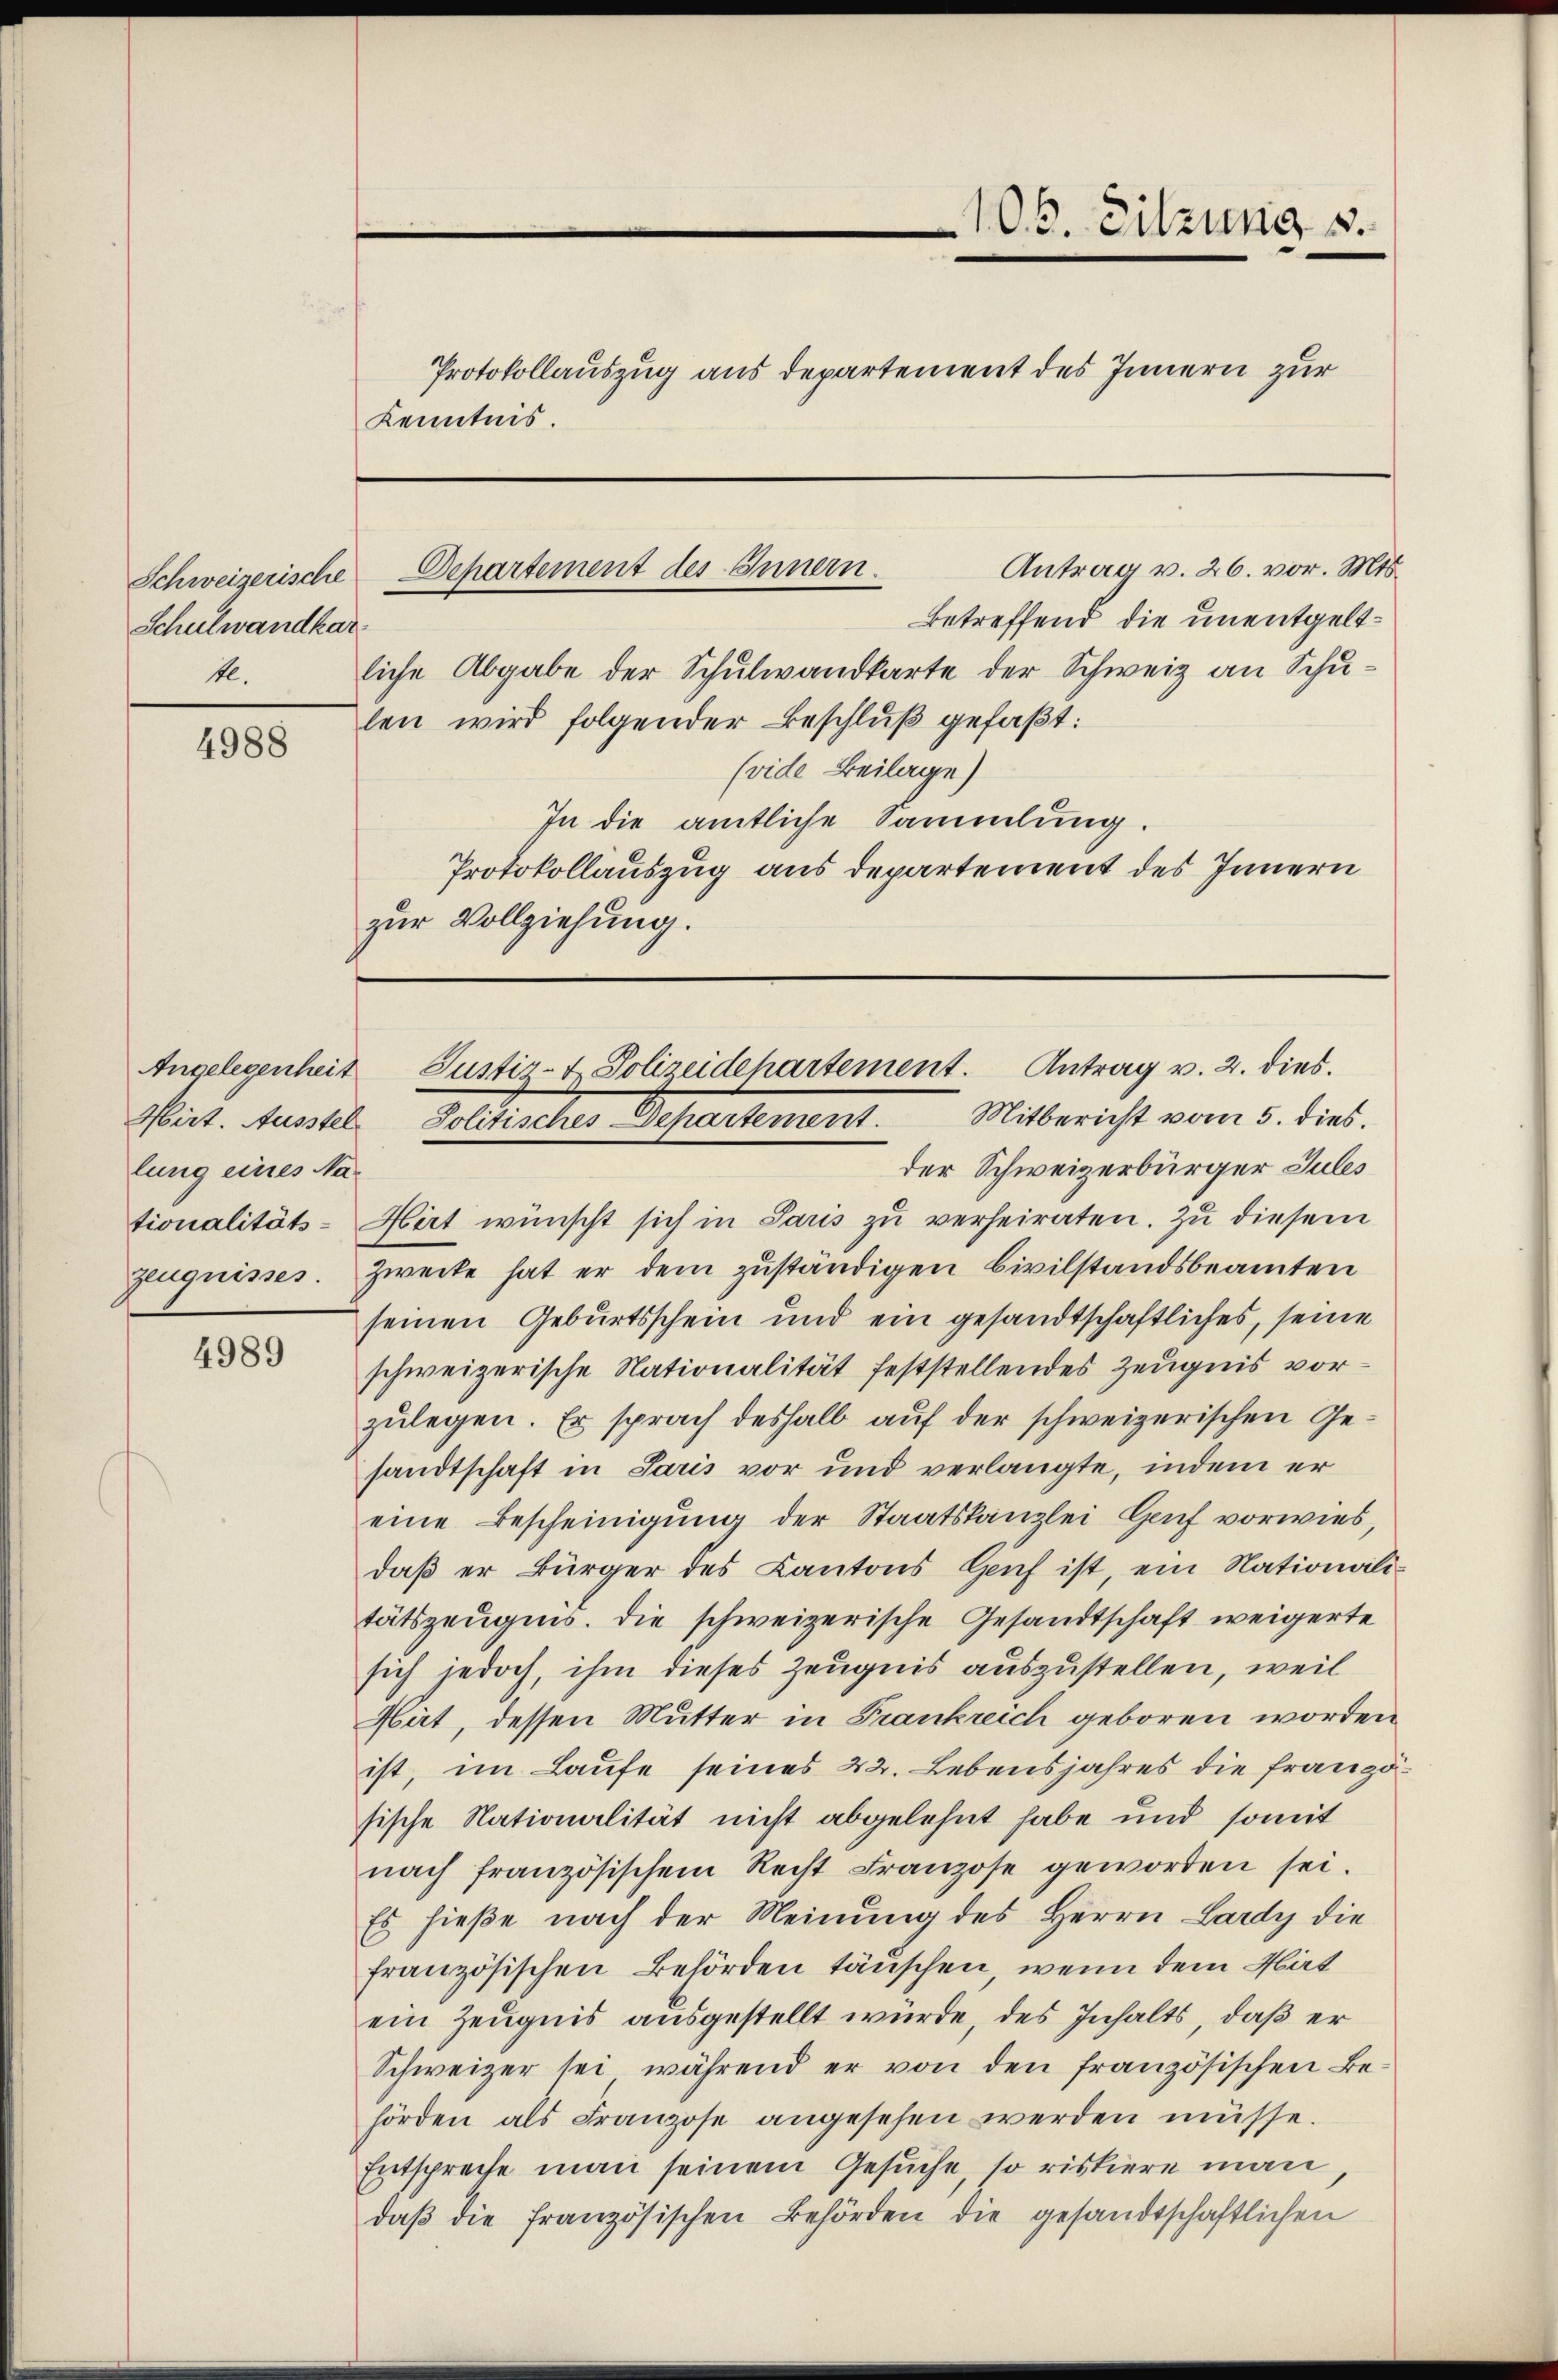
Schweizerische
Schulwandkar
k.

4988

Angelegenheit
lung eines Na¬

4989

Departement des Innern.

106. Sitzung v

Protokollauszug aus Departement des Innern zur
Kenntnis.

Antrag v. 26. vor. Mts.
betreffend die unentgeltliche Abgabe der Schulwandkarte der Schweiz an Schulen wird folgender Beschluß gefaßt:
(vide Beilage)
In die amtliche Sammlung.
Protokollauszug aus departement des Innern
zur Vollziehung.

Justiz- & Polizeidehartement. Antrag v. 2. dies
Hirt. Ausstel Politisches Departement. Mitbericht vom 5. dies

der Schweizerbürger Jules
tionalitäts-Hirt wünscht sich in Paris zŭ verheiraten. Zŭ diesem
zeugnisses. Zwecke hat er dem zuständigen Civilstandsbeamten
seinen Geburtsschein und ein gesandtschaftliches, seine
schweizerische Nationalität feststellendes Zeugnis vorzulegen. Er sprach deshalb auf der schweizerischen Gesandtschaft in Paris vor und verlangte, indem er
eine Bescheinigung der Staatskanzlei Gauf vorwies,
daß er Bürger des Kantons Genf ist ein Nationalitätszeugnis. Die schweizerische Gesandtschaft weigerte
sich jedoch, ihm dieses Zeugnis auszustellen, weil
Hät, dessen Mutter in Frankreich geboren worden
ist, im Laufe seines 22. Lebensjahres die französische Nationalität nicht abgelehnt habe und somit
nach französischem Recht Franzose geworden sei.
Es hieße nach der Meinung des Herrn Lardy die
französischen Behörden täuschen, wenn dem Mat
ein Zeugnis ausgestellt wurde, des Inhalts, daß er
Schweizer sei, während er von den französischen Be-
hörden als Franzose angesehen werden müsse.
Entspreche man seinem Gesuche, so riskiere man
daβ die französischen Behörden die gesandtschaftlichen